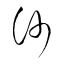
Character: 沙